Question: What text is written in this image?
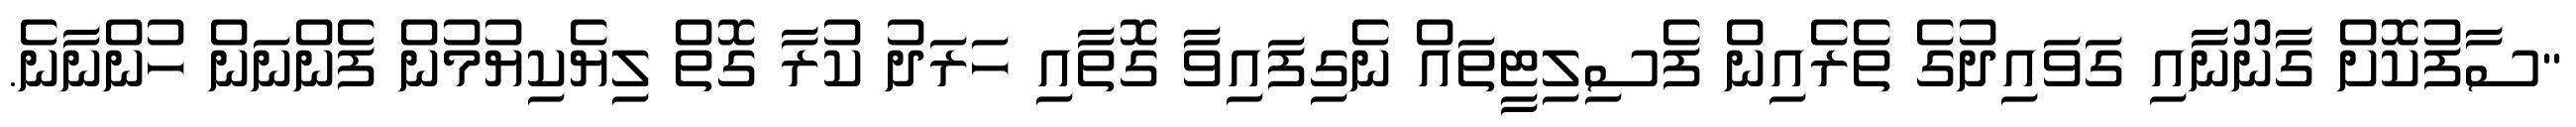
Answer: "ސާފުކޮށް ގާނޫނާއި ގަވައިދުގެ ތެރެއިން ފެސިލިޓީތައް ނެގިފައިވާ ގޮތާއި ހަރަދު ކުރާ ގޮތް ލިޔެކިޔުމުން ފެންނަން ހުންނާނެ.